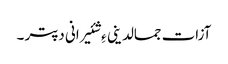
آزات جمالدینی ءِ شئیرانی دپتر ۔